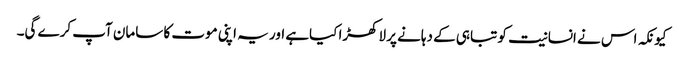
کیونکہ اس نے انسانیت کو تباہی کے دہانے پر لاکھڑا کیاہے اور یہ اپنی موت کا سامان آپ کرے گی۔